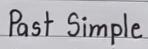
Past Simple